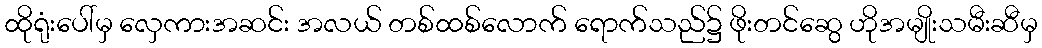
ထိုရုံးပေါ်မှ လှေကားအဆင်း အလယ် တစ်ထစ်လောက် ရောက်သည်၌ ဖိုးတင်ဆွေ ဟိုအမျိုးသမီးဆီမှ